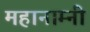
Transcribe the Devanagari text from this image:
महानाम्नी